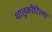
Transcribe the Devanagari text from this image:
धातुकौटिल्या